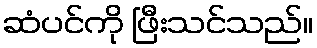
ဆံပင်ကို ဖြီးသင်သည်။